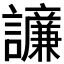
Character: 𫍓